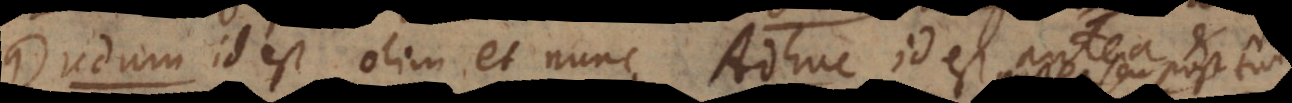
Dudum id est olim et nunc. Adhuc id est antea et